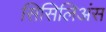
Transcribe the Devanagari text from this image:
सिसिलिअंस